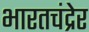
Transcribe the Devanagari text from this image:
भारतचंद्रेर